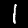
Digit: 1